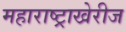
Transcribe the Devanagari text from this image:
महाराष्ट्राखेरीज